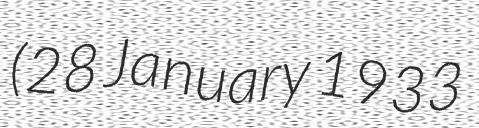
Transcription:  (28 January 1933